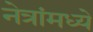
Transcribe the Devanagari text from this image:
नेत्रांमध्ये